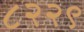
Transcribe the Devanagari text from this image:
८२२९